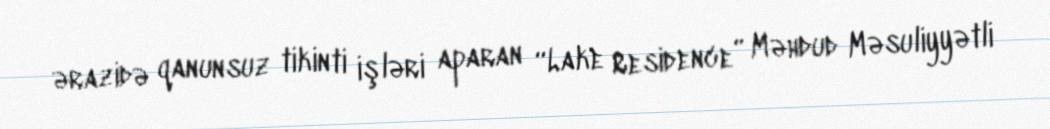
ərazidə qanunsuz tikinti işləri aparan “Lake Residence” Məhdud Məsuliyyətli